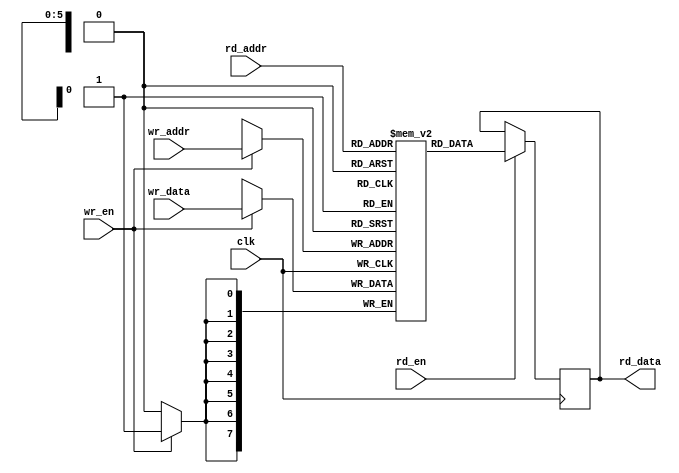
module memory_module #(
    parameter DATA_WIDTH = 8,
    parameter MAX_ADDR = 64,
    parameter ADDRSIZE = log2(MAX_ADDR)
)(
    input wire clk,
    input wire rd_en,
    input wire [ADDRSIZE - 1 : 0] rd_addr,
    input wire wr_en,
    input wire [ADDRSIZE - 1 : 0] wr_addr,
    input wire [DATA_WIDTH - 1 : 0] wr_data,
    output reg [DATA_WIDTH - 1 : 0] rd_data
);

    function integer log2; //      ...
        input integer value;
        integer tmp;
        begin
            log2 = 0;
            for(tmp = 1; tmp < value; tmp = tmp * 2)
                log2 = log2 + 1;
        end
    endfunction

    reg [DATA_WIDTH - 1 : 0] mem_cell [MAX_ADDR - 1 : 0];

    always @(posedge clk) begin
        if(rd_en) begin
            rd_data <= mem_cell[rd_addr];
        end
    end

    always @(posedge clk) begin
        if(wr_en) begin
            mem_cell[wr_addr] <= wr_data;
        end
    end


endmodule